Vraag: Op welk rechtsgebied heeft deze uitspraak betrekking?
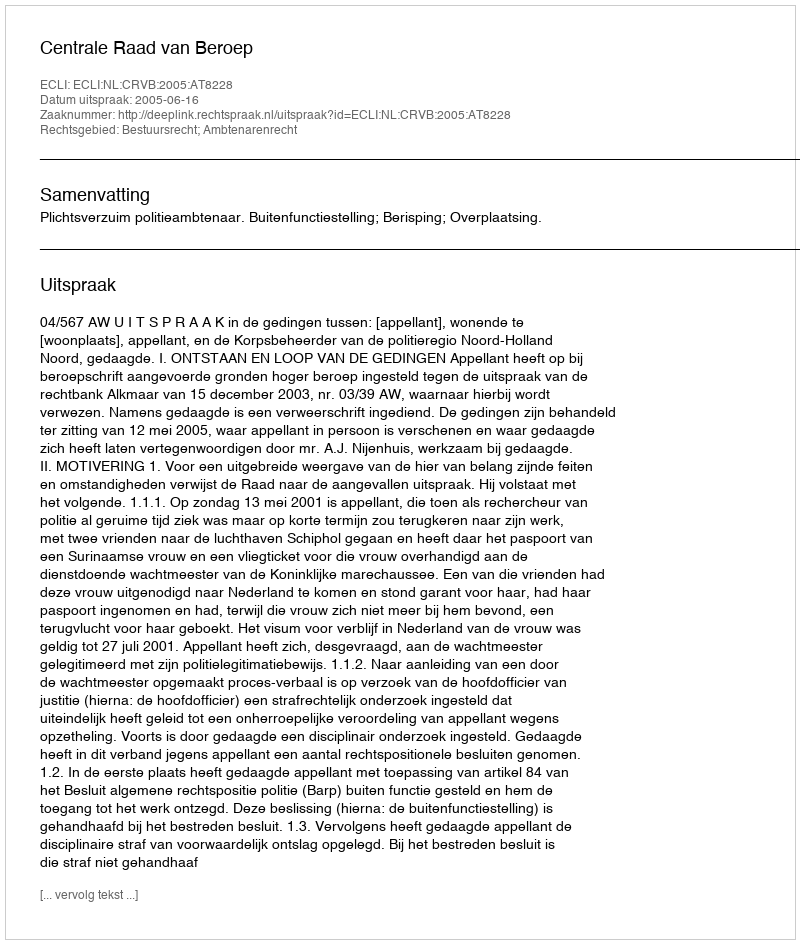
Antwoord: Bestuursrecht; Ambtenarenrecht